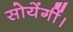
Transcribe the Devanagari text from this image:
सोयेंगीं।